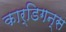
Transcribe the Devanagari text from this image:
कार्डिगन्स